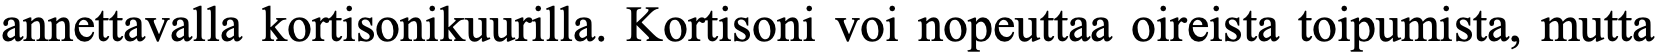
annettavalla kortisonikuurilla. Kortisoni voi nopeuttaa oireista toipumista, mutta